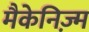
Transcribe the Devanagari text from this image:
मैकेनिज़्म